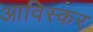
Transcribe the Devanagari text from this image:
आविस्कर